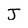
Character: J